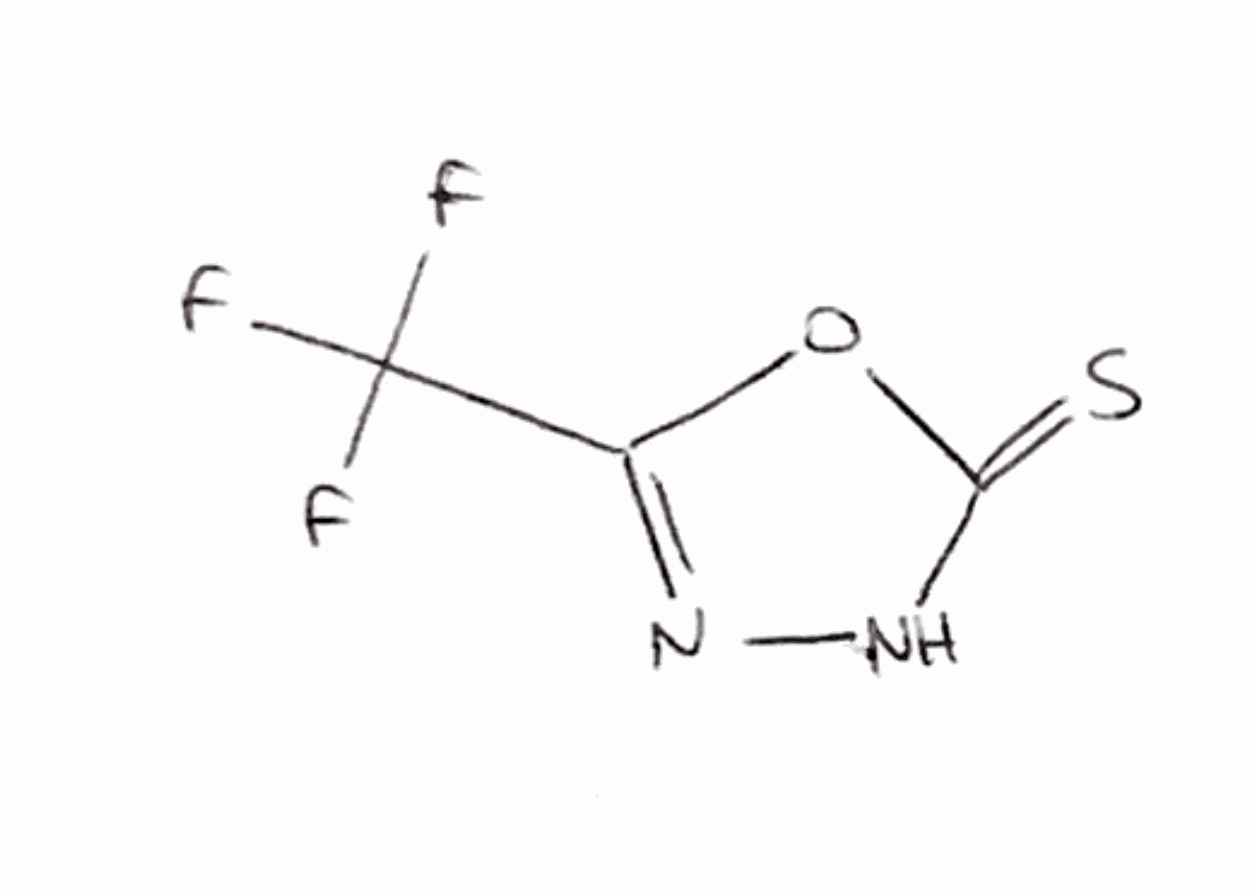
Simplified molecular-input line-entry system (SMILES) notation of the given molecule:
C1(=NNC(=S)O1)C(F)(F)F